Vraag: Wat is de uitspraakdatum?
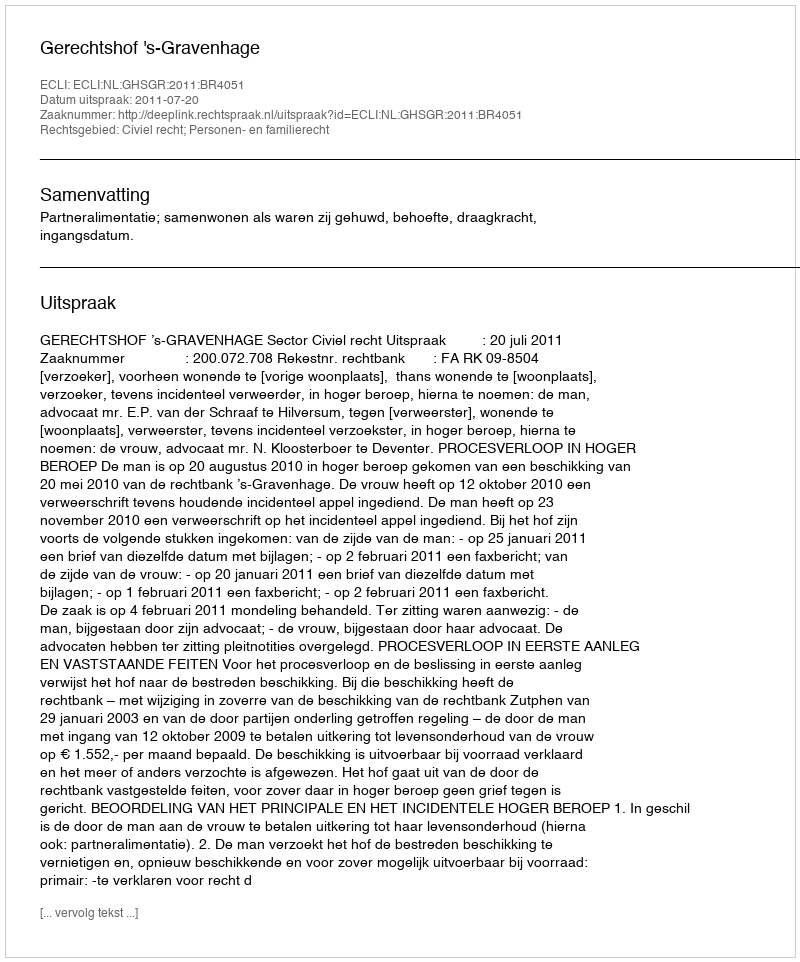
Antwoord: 2011-07-20